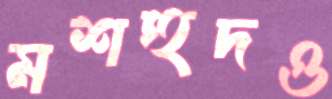
মশহুদও